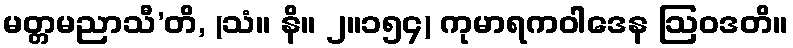
မတ္တမညာသီ’တိ, (သံ။ နိ။ ၂။၁၅၄) ကုမာရကဝါဒေန ဩဝဒတိ။